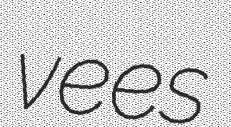
vees